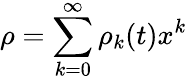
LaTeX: \rho=\sum_{k=0}^{\infty}\rho_{k}(t)x^{k}